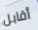
أقابل